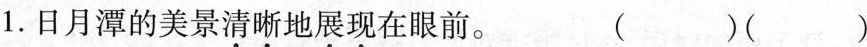
1.日月潭的美景清晰地展现在眼前。（）（）